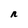
Character: n